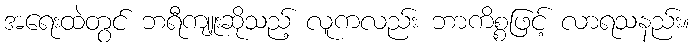
အရေးထဲတွင် ဘရီကျူးဆိုသည့် လူကလည်း ဘာကိစ္စဖြင့် လာရသနည်း။